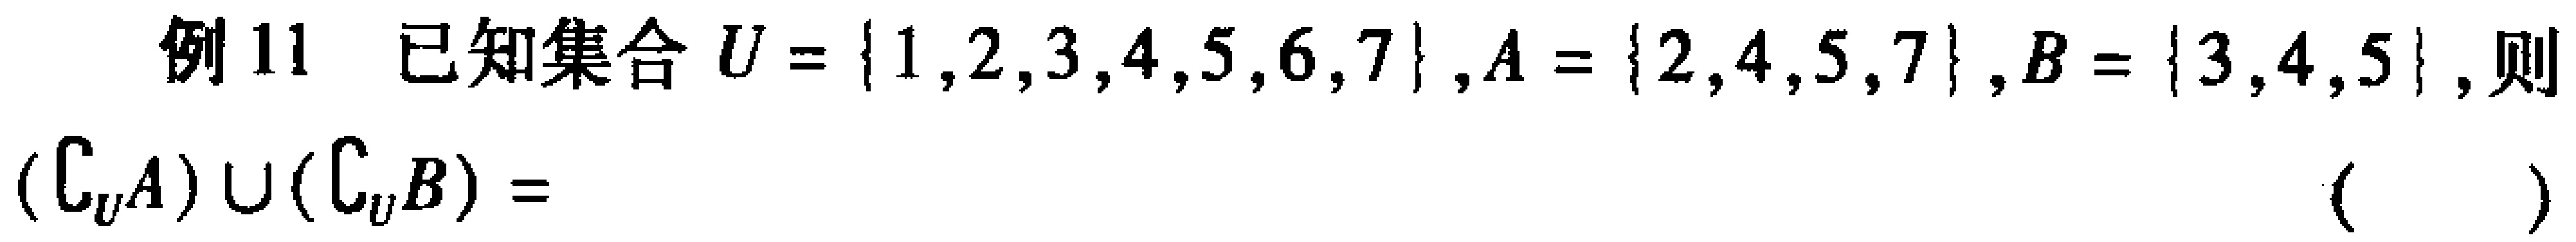
例11 已知集合$U = \{1,2,3,4,5,6,7\},A = \{2,4,5,7\},B = \{3,4,5\},则$
$(\complement_U A)\cup(\complement_U B)=$ （  ）